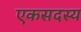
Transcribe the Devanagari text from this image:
एकसदस्य